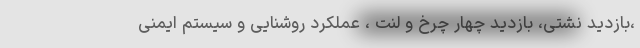
،بازدید نشتی، بازدید چهار چرخ و لنت ، عملکرد روشنایی و سیستم ایمنی